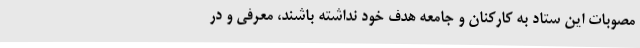
مصوبات این ستاد به کارکنان و جامعه هدف خود نداشته باشند، معرفی و در